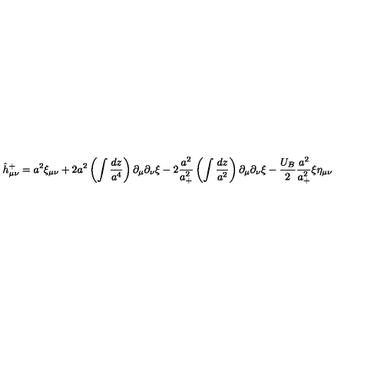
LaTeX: \hat { h } _ { \mu \nu } ^ { + } = a ^ { 2 } \xi _ { \mu \nu } + 2 a ^ { 2 } \left( \int \frac { d z } { a ^ { 4 } } \right) \partial _ { \mu } \partial _ { \nu } \xi - 2 \frac { a ^ { 2 } } { a _ { + } ^ { 2 } } \left( \int \frac { d z } { a ^ { 2 } } \right) \partial _ { \mu } \partial _ { \nu } \xi - \frac { U _ { B } } { 2 } \frac { a ^ { 2 } } { a _ { + } ^ { 2 } } \xi \eta _ { \mu \nu }